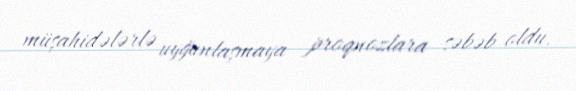
müşahidələrlə uyğunlaşmaya proqnozlara səbəb oldu.